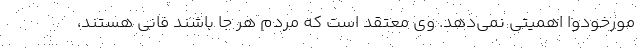
مورخودوا اهمیتی نمی‌دهد. وی معتقد است که مردم هر جا باشند فانی هستند،